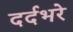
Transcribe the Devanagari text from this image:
दर्दभरे